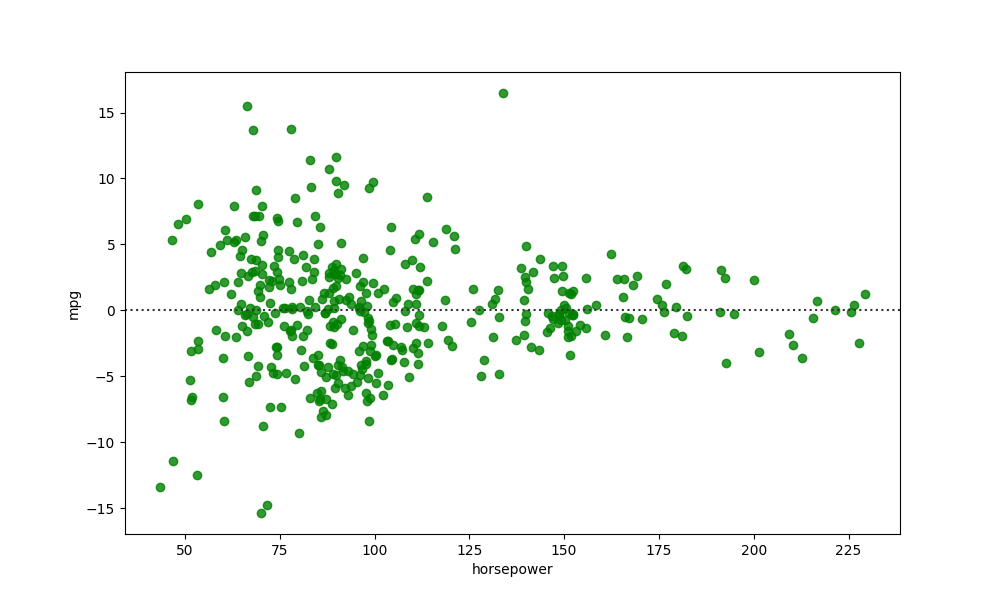
python, seaborn, residplot, lowess=False, scatter_color=green